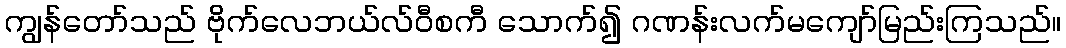
ကျွန်တော်သည် ဗိုက်လေဘယ်လ်ဝီစကီ သောက်၍ ဂဏန်းလက်မကျော်မြည်းကြသည်။